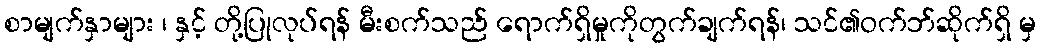
စာမျက်နှာများ ၊ နှင့် တို့ပြုလုပ်ရန် မီးစက်သည် ရောက်ရှိမှုကိုတွက်ချက်ရန်၊ သင်၏ဝက်ဘ်ဆိုက်ရှိ မှ